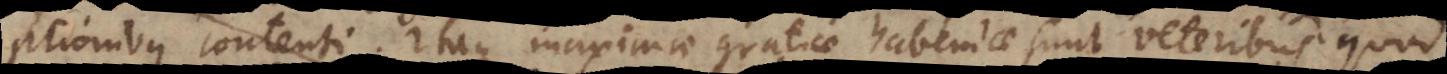
ptionibus contenti. Itaque maximae gratiae habendae sunt veteribus quo